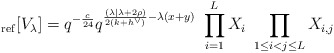
\begin{align*}_{\rm ref}[V_\lambda] = q^{-\frac{c}{24}} q^{\frac{(\lambda| \lambda + 2\rho) }{2(k+h^\vee)} -\lambda(x+y)}\ \prod_{i=1}^L X_i\ \prod_{1\leq i <j \leq L} X_{i,j}\end{align*}